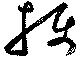
攝